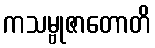
ကသမ္ဗုဇာတောတိ